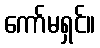
ကော်မရှင်။